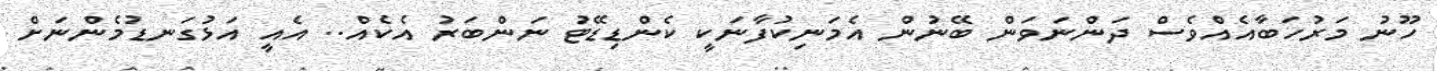
ހޫނު މަރުހަބާއެއްވެސް ދަންނަވަން ބޭނުން އެމަނިކުފާނަކީ ކެންޑިޑޭޓު ނަންބަރު އެކެއް.. އެއީ އަޅުގަނޑުމެންނަށް